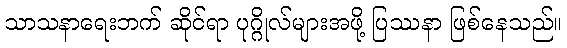
သာသနာရေးဘက် ဆိုင်ရာ ပုဂ္ဂိုလ်များအဖို့ ပြဿနာ ဖြစ်နေသည်။